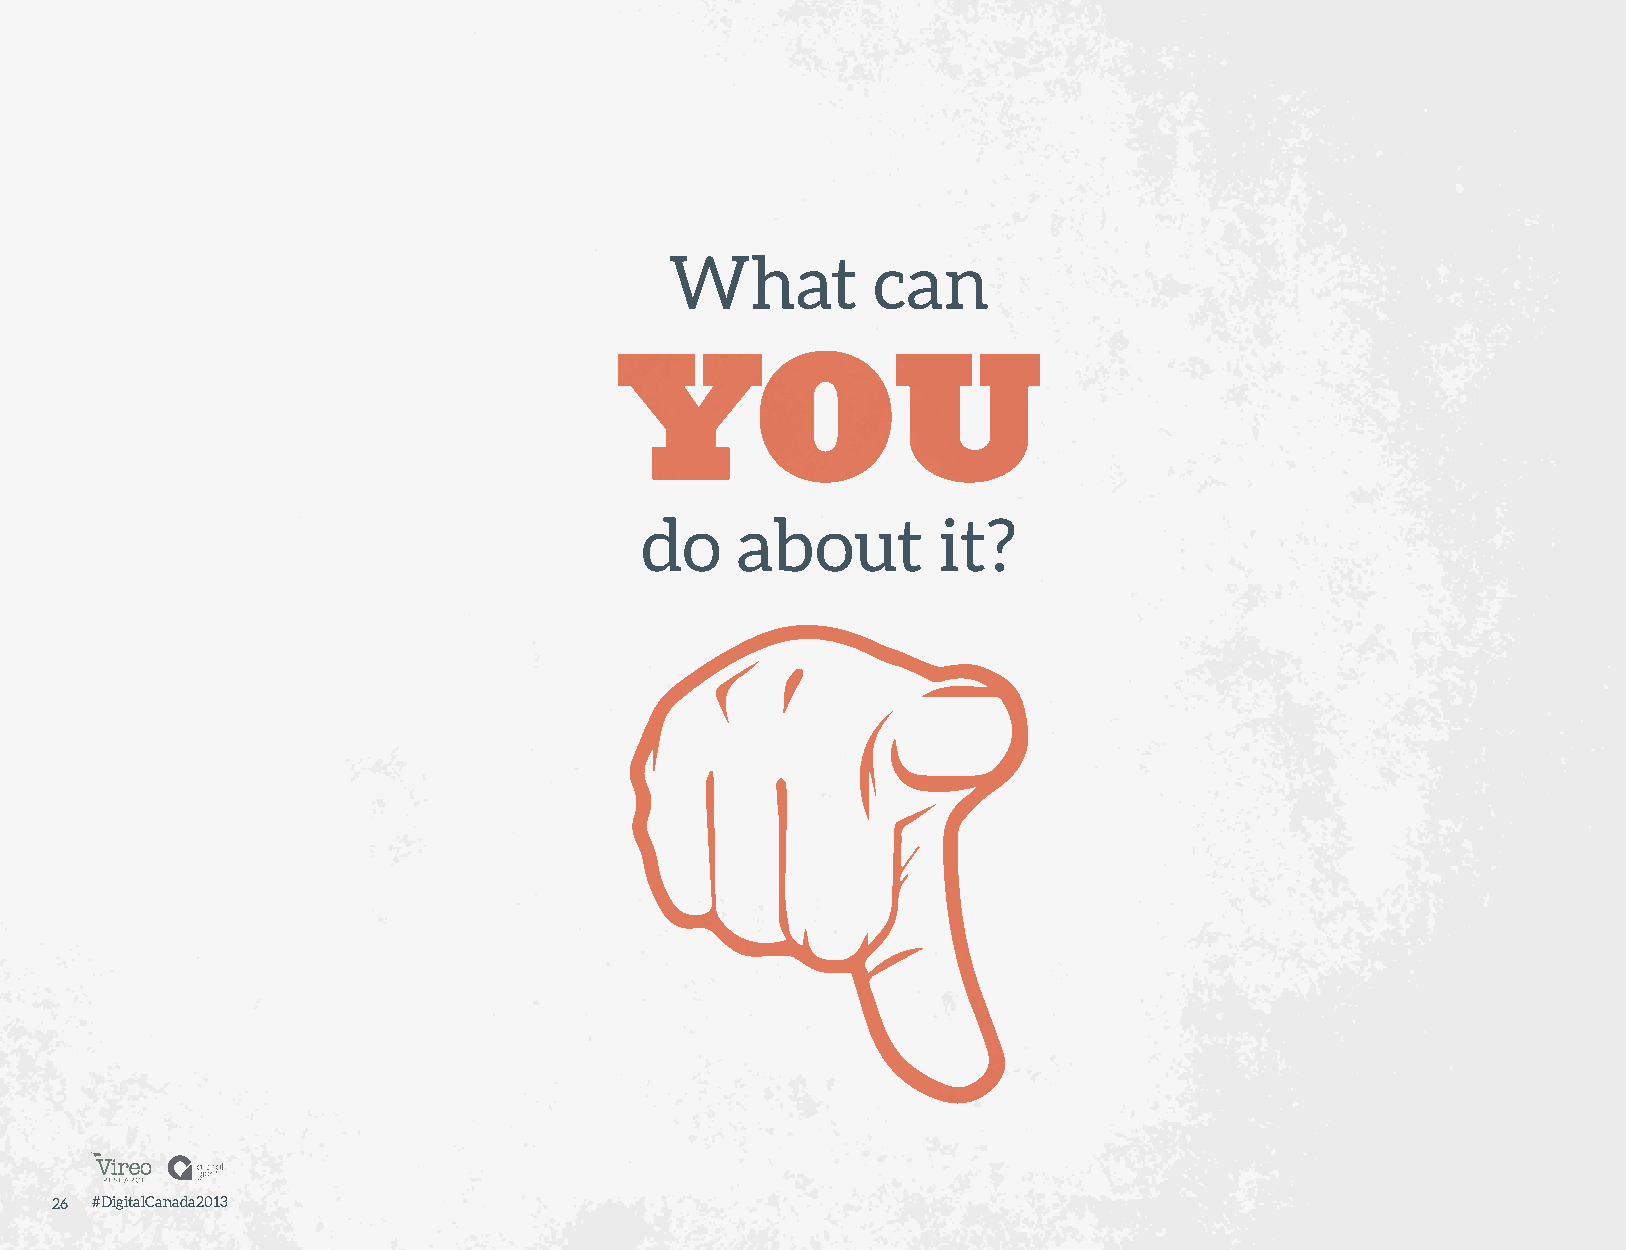
What          can
 YOU
 do     about        it?
 26 #DigitalCanada2013